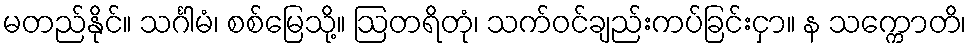
မတည်နိုင်။ သင်္ဂါမံ၊ စစ်မြေသို့။ ဩတရိတုံ၊ သက်ဝင်ချည်းကပ်ခြင်းငှာ။ န သက္ကောတိ၊